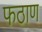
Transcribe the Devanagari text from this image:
फठाण